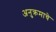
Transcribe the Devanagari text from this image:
अनुक्रमाचे